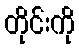
တိုင်းကို